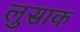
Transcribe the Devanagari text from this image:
लुसाक